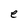
Character: e